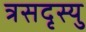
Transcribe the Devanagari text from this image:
त्रसदृस्यु